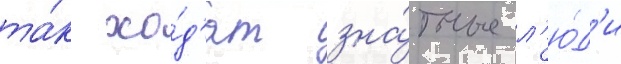
та́к хо́д'ят зна́тные л'ю́д'и